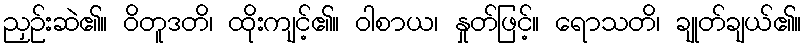
ညှဉ်းဆဲ၏။ ဝိတူဒတိ၊ ထိုးကျင့်၏။ ဝါစာယ၊ နှုတ်ဖြင့်။ ရောသတိ၊ ချုတ်ချယ်၏။